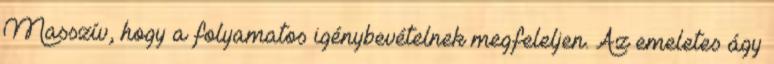
Masszív, hogy a folyamatos igénybevételnek megfeleljen. Az emeletes ágy